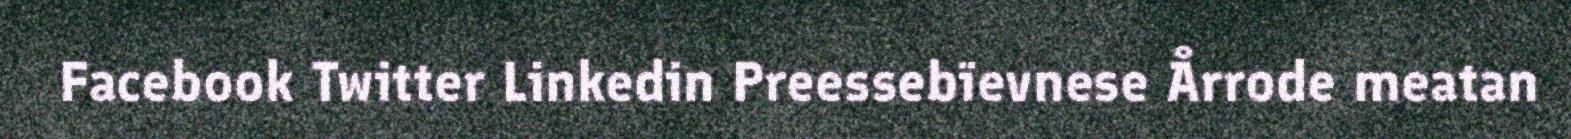
Facebook Twitter Linkedin Preessebïevnese Årrode meatan